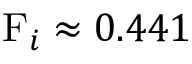
\mathrm { F } _ { i } \approx 0 . 4 4 1